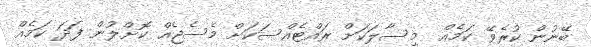
ބޭނުން ކުރެވޭ ކަމެއް  މިސާލަކަށް ރައްޓެއްސަކަށް މެސެޖެއް ކޮށްލުން ފަދަ ކަމެއް